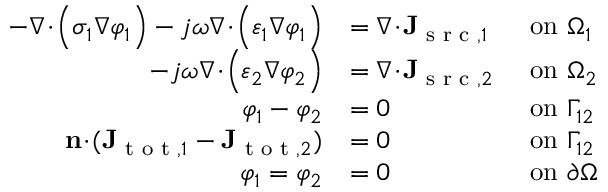
\begin{array} { r l r l } { - \nabla \! \cdot \! \Bigl ( \sigma _ { 1 } \nabla \varphi _ { 1 } \Bigr ) - j \omega \nabla \! \cdot \! \Bigl ( \varepsilon _ { 1 } \nabla \varphi _ { 1 } \Bigr ) } & { = \nabla \! \cdot \! \mathbf { J } _ { \textrm { s r c } , 1 } \! \! \! \! } & & { \mathrm { o n ~ } \Omega _ { 1 } } \\ { - j \omega \nabla \! \cdot \! \Bigl ( \varepsilon _ { 2 } \nabla \varphi _ { 2 } \Bigr ) } & { = \nabla \! \cdot \! \mathbf { J } _ { \textrm { s r c } , 2 } \! \! \! \! } & & { \mathrm { o n ~ } \Omega _ { 2 } } \\ { \varphi _ { 1 } - \varphi _ { 2 } } & { = 0 } & & { \mathrm { o n ~ } \Gamma _ { 1 2 } } \\ { \mathbf { n } \! \cdot \! ( \mathbf { J } _ { \textrm { t o t } , 1 } - \mathbf { J } _ { \textrm { t o t } , 2 } ) } & { = 0 } & & { \mathrm { o n ~ } \Gamma _ { 1 2 } } \\ { \varphi _ { 1 } = \varphi _ { 2 } } & { = 0 } & & { \mathrm { o n ~ } \partial \Omega } \end{array}